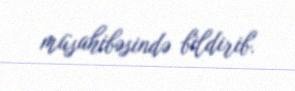
müsahibəsində bildirib.